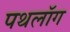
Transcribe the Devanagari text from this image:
पथलॉग